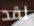
لقد